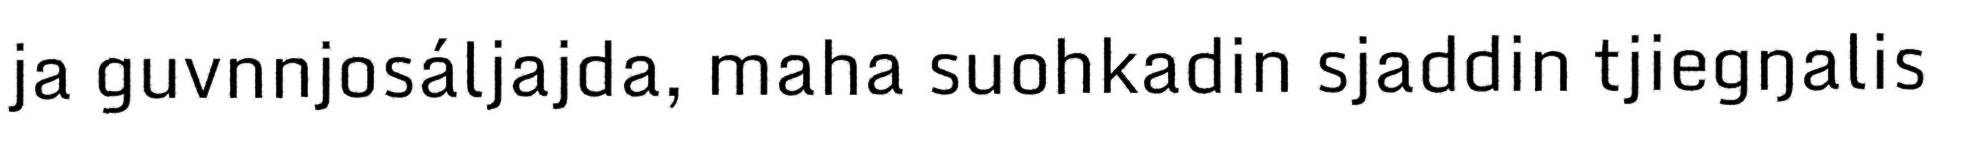
ja guvnnjosáljajda, maha suohkadin sjaddin tjiegŋalis